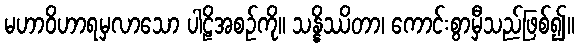
မဟာဝိဟာရမှလာသော ပါဠိအစဉ်ကို။ သန္နိဿိတာ၊ ကောင်းစွာမှီသည်ဖြစ်၍။